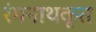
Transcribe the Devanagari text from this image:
रंगनाथकृत